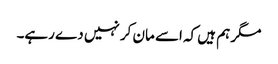
مگر ہم ہیں کہ اسے مان کر نہیں دے رہے۔